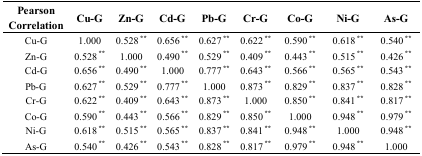
<table><thead><tr><td><b>Pearson Correlation</b></td><td><b>Cu-G</b></td><td><b>Zn-G</b></td><td><b>Cd-G</b></td><td><b>Pb-G</b></td><td><b>Cr-G</b></td><td><b>Co-G</b></td><td><b>Ni-G</b></td><td><b>As-G</b></td></tr></thead><tbody><tr><td>Cu-G</td><td>1.000</td><td>0.528<sup> **</sup></td><td>0.656<sup> **</sup></td><td>0.627<sup> **</sup></td><td>0.622<sup> **</sup></td><td>0.590<sup> **</sup></td><td>0.618<sup> **</sup></td><td>0.540<sup> **</sup></td></tr><tr><td>Zn-G</td><td>0.528<sup> **</sup></td><td>1.000</td><td>0.490<sup> **</sup></td><td>0.529<sup> **</sup></td><td>0.409<sup> **</sup></td><td>0.443<sup> **</sup></td><td>0.515<sup> **</sup></td><td>0.426<sup> **</sup></td></tr><tr><td>Cd-G</td><td>0.656<sup> **</sup></td><td>0.490<sup> **</sup></td><td>1.000</td><td>0.777<sup> **</sup></td><td>0.643<sup> **</sup></td><td>0.566<sup> **</sup></td><td>0.565<sup> **</sup></td><td>0.543<sup> **</sup></td></tr><tr><td>Pb-G</td><td>0.627<sup> **</sup></td><td>0.529<sup> **</sup></td><td>0.777<sup> **</sup></td><td>1.000</td><td>0.873<sup> **</sup></td><td>0.829<sup> **</sup></td><td>0.837<sup> **</sup></td><td>0.828<sup> **</sup></td></tr><tr><td>Cr-G</td><td>0.622<sup> **</sup></td><td>0.409<sup> **</sup></td><td>0.643<sup> **</sup></td><td>0.873<sup> **</sup></td><td>1.000</td><td>0.850<sup> **</sup></td><td>0.841<sup> **</sup></td><td>0.817<sup> **</sup></td></tr><tr><td>Co-G</td><td>0.590<sup> **</sup></td><td>0.443<sup> **</sup></td><td>0.566<sup> **</sup></td><td>0.829<sup> **</sup></td><td>0.850<sup> **</sup></td><td>1.000</td><td>0.948<sup> **</sup></td><td>0.979<sup> **</sup></td></tr><tr><td>Ni-G</td><td>0.618<sup> **</sup></td><td>0.515<sup> **</sup></td><td>0.565<sup> **</sup></td><td>0.837<sup> **</sup></td><td>0.841<sup> **</sup></td><td>0.948<sup> **</sup></td><td>1.000</td><td>0.948<sup> **</sup></td></tr><tr><td>As-G</td><td>0.540<sup> **</sup></td><td>0.426<sup> **</sup></td><td>0.543<sup> **</sup></td><td>0.828<sup> **</sup></td><td>0.817<sup> **</sup></td><td>0.979<sup> **</sup></td><td>0.948<sup> **</sup></td><td>1.000</td></tr></tbody></table>